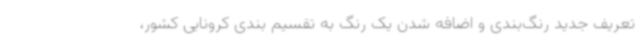
تعریف جدید رنگ‌بندی و اضافه شدن یک رنگ به تقسیم بندی کرونایی کشور،